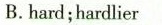
B.hard;hardlier